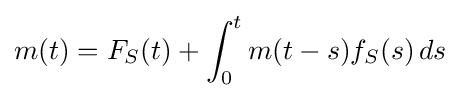
m(t)=F_{S}(t)+\int _{0}^{t}m(t-s)f_{S}(s)\,ds